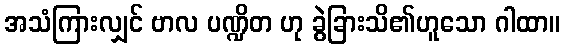
အသံကြားလျှင် ဗာလ ပဏ္ဍိတ ဟု ခွဲခြားသိ၏ဟူသော ဂါထာ။